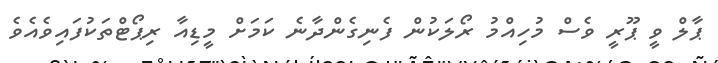
ޕާލް ވީ ޕޫރީ ވެސް މުހިއްމު ރޯލަކުން ފެނިގެންދާނެ ކަމަށް މީޑިއާ ރިޕޯޓްތަކުފައިވެއެވެ